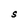
Character: S